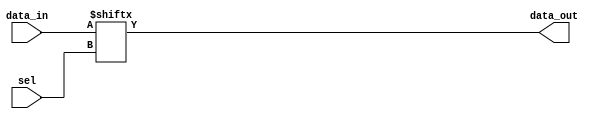
// Mux 4 to 1

module mux4_1(data_in, sel, data_out);
  input[3:0] data_in;
  input[1:0] sel;
  output data_out;
    
  assign data_out = data_in[sel];
endmodule